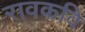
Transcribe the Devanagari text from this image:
रावकवि